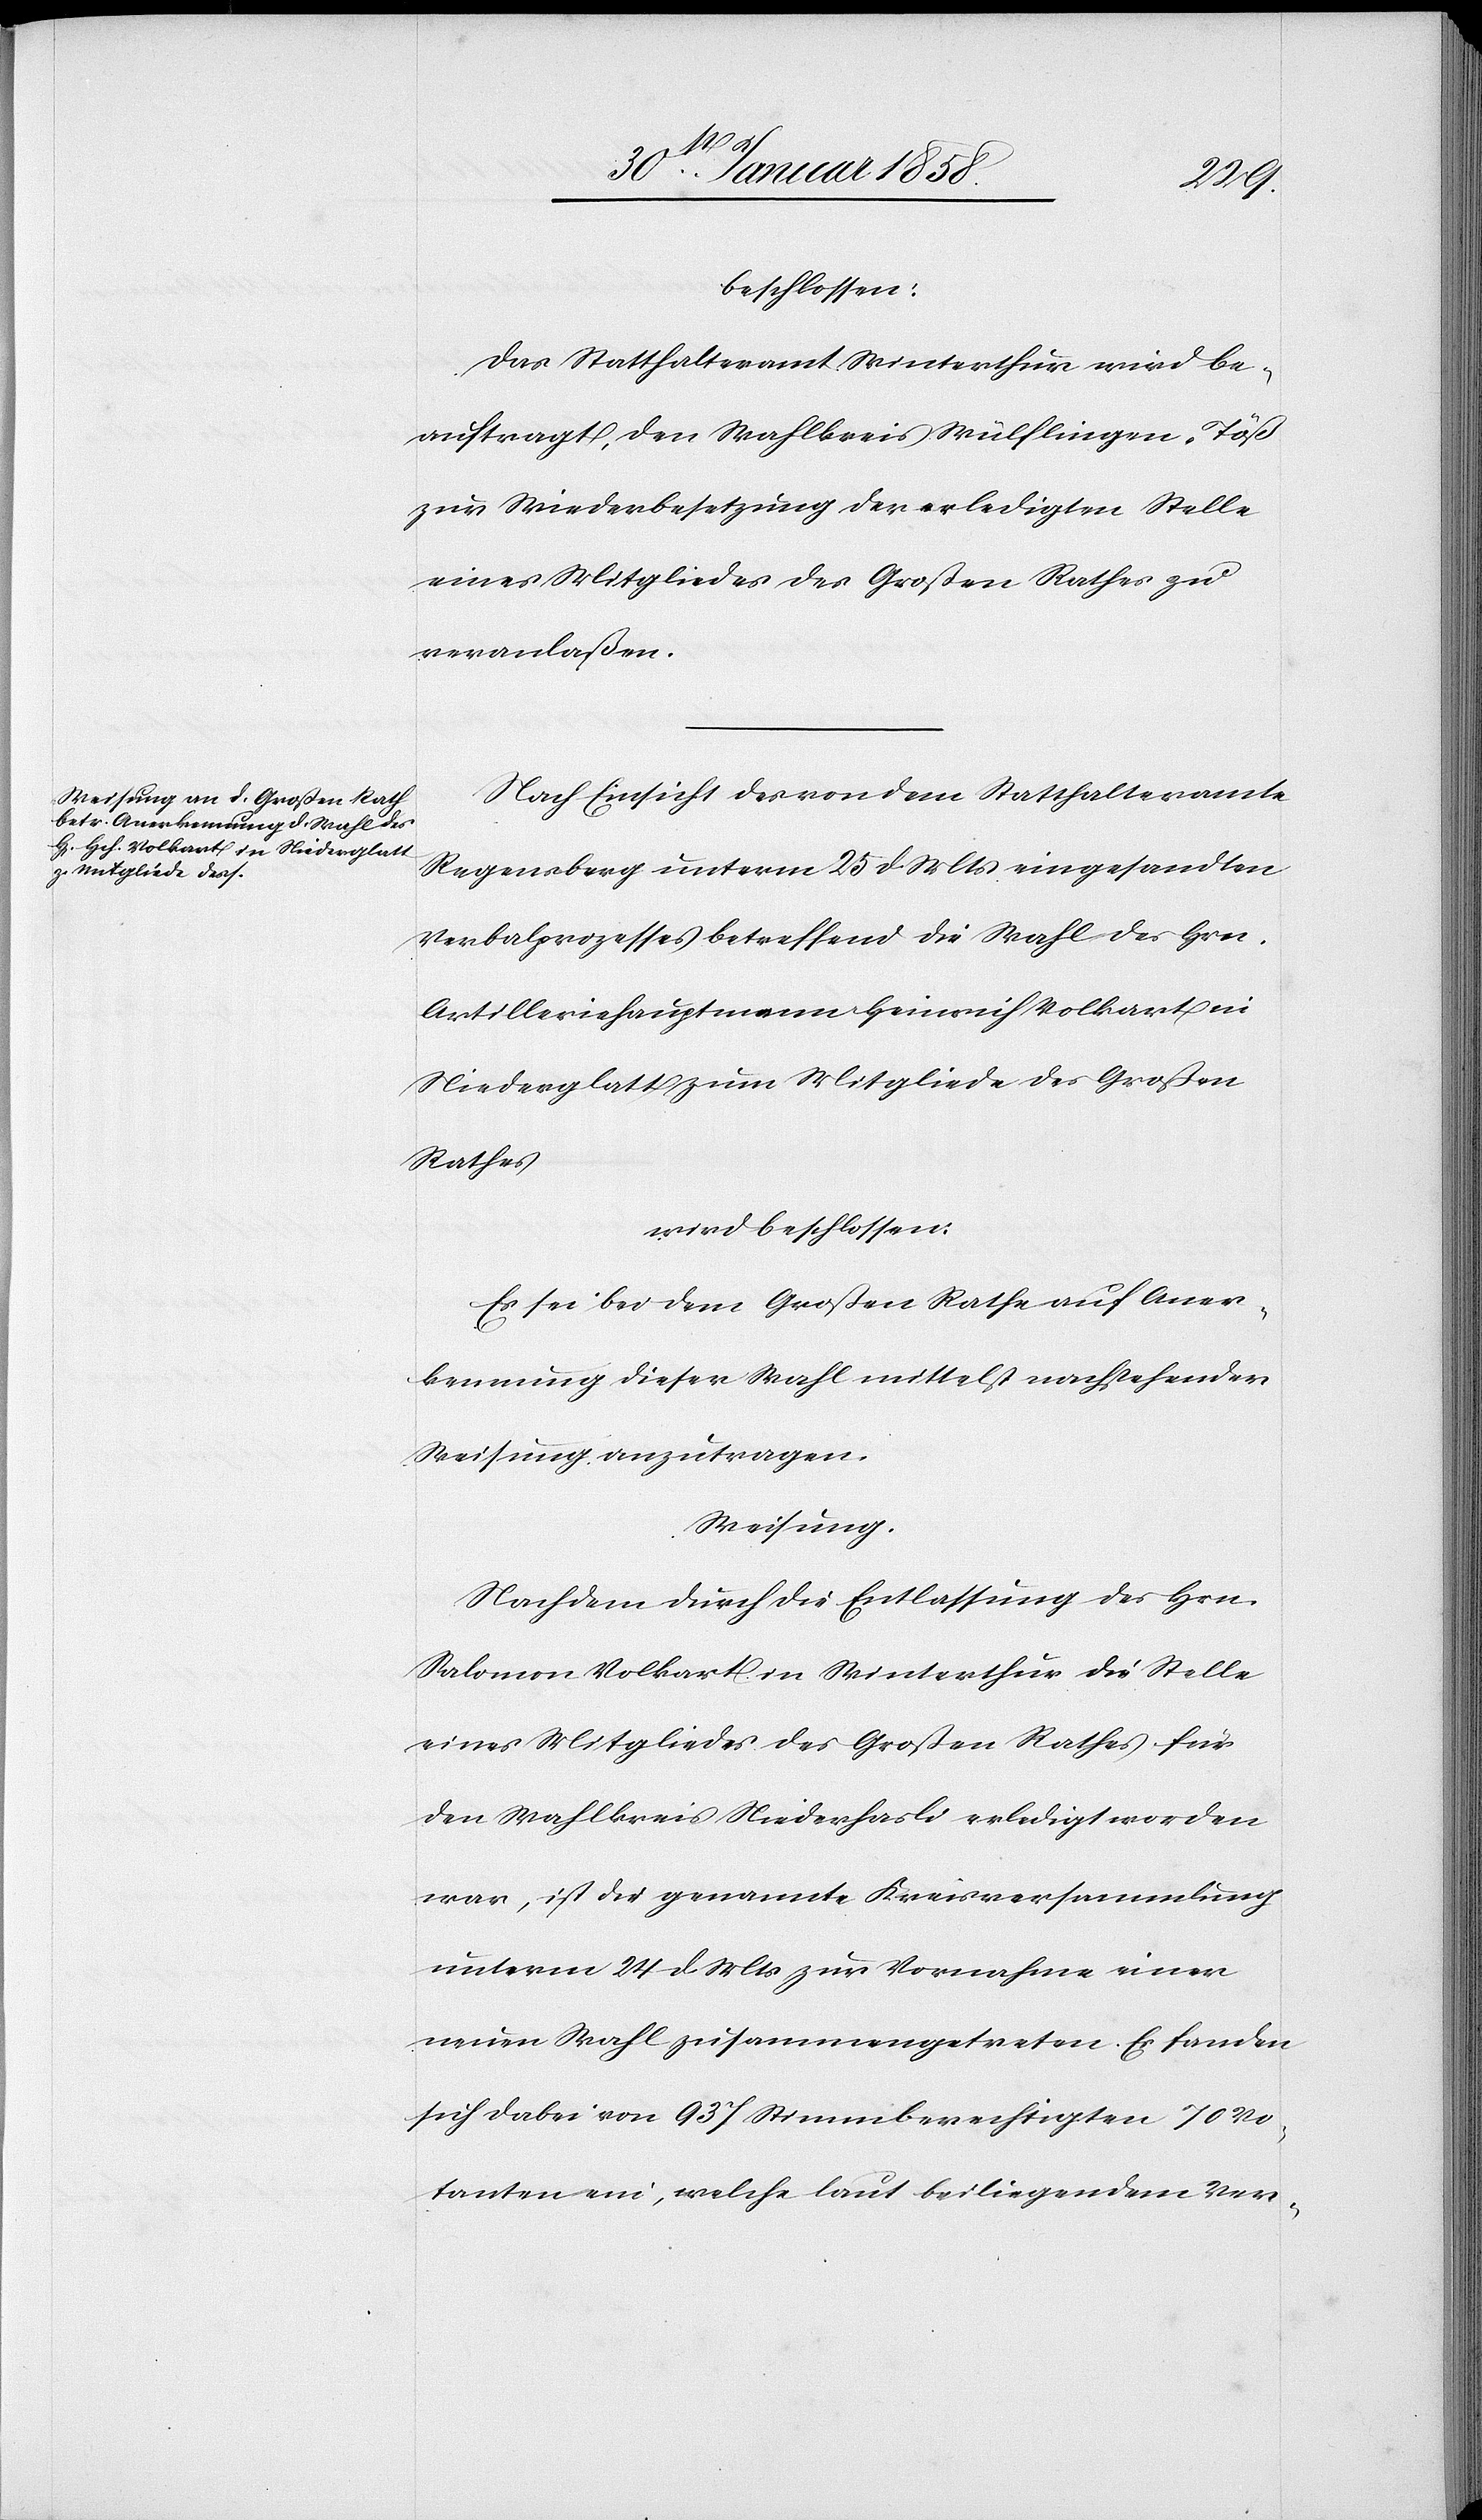
beschlossen:
Das Statthalteramt Winterthur wird be¬
auftragt, den Wahlkreis Wülflingen-Töß
zur Wiederbesetzung der erledigten Stelle
eines Mitgliedes des Großen Rathes zu
veranlaßen.
Nach Einsicht des von dem Statthalteramte
Regensberg unterm 25 d. Mts eingesandten
Verbalprozesses betreffend die Wahl des Hrn.
Artilleriehauptmann Heinrich Volkart in
Niederglatt zum Mitgliede des Großen
Rathes
wird beschlossen:
Es sei bei dem Großen Rathe auf Aner¬
kennung dieser Wahl mittelst nachstehender
Weisung anzutragen.
Weisung.
Nachdem durch die Entlassung des Hrn.
Salomon Volkart in Winterthur die Stelle
eines Mitgliedes des Großen Rathes für
den Wahlkreis Niederhasli erledigt worden
war, ist die genannte Kreisversammlung
unterm 24 d. Mts zur Vornahme einer
neuen Wahl zusammengetreten. Es fanden
sich dabei von 937 Stimmberechtigten 70 Vo¬
tanten ein, welche laut beiliegendem Ver-